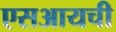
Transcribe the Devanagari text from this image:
एसआयची